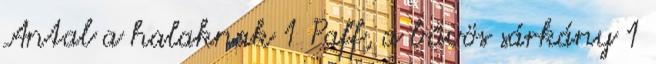
Antal a halaknak 1 Paff, a bűvös sárkány 1